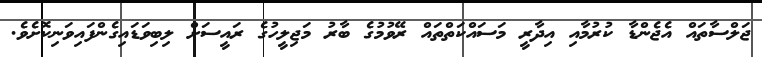
ޖަލްސާތައް އެޖެންޑާ ކުރުމާއި އިދާރީ މަސައްކަތްތައް ރޭވުމުގެ ބާރު މަޖިލީހުގެ ރައީސަށް ލިބިވަޑައިގެންފައިވަނިކޮށެވެ.